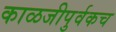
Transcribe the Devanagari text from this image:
काळजीपुर्वकच